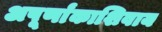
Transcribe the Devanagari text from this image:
अपूर्णांकाशिवाय